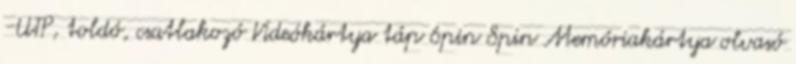
-UTP, toldó, csatlakozó Videókártya táp 6pin 8pin Memóriakártya olvasó